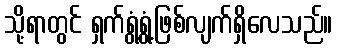
သို့ရာတွင် ရှက်ရွံ့ရွံ့ဖြစ်လျက်ရှိလေသည်။